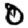
Digit: 0